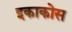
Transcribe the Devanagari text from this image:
इकाकोस